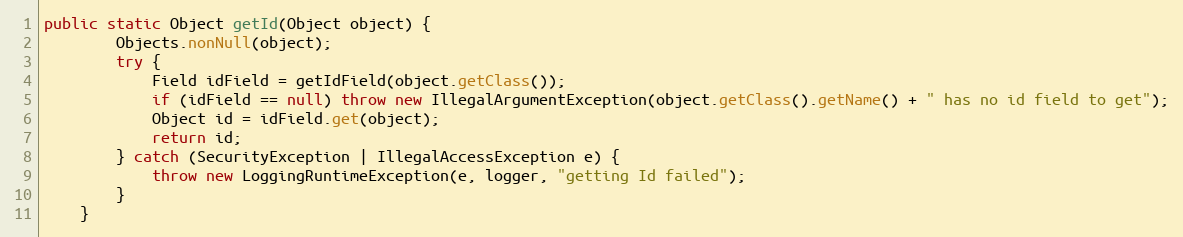
Language: Java
public static Object getId(Object object) {
		Objects.nonNull(object);
		try {
			Field idField = getIdField(object.getClass());
			if (idField == null) throw new IllegalArgumentException(object.getClass().getName() + " has no id field to get");
			Object id = idField.get(object);
			return id;
		} catch (SecurityException | IllegalAccessException e) {
			throw new LoggingRuntimeException(e, logger, "getting Id failed");
		}
	}